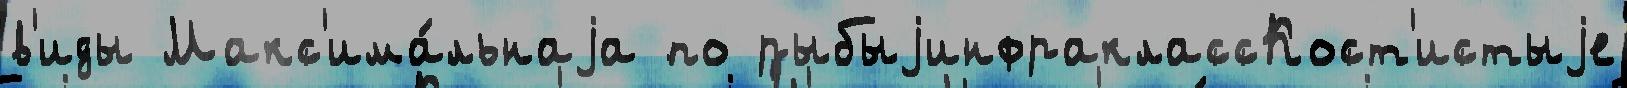
в'иды Макс'има́льнаjа по рыбыjинфраклассКост'истыjе